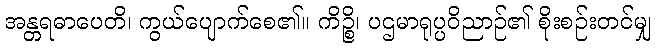
အန္တရဓာပေတိ၊ ကွယ်ပျောက်စေ၏။ ကိဉ္စိ၊ ပဌမာရုပ္ပဝိညာဉ်၏ စိုးစဉ်းတင်မျှ